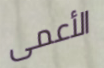
الأعمى